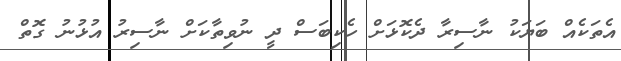
އެތަކެއް ބަޔަކު ނާސިރާ ދެކޮޅަށް ހެކިބަސް ދީ ނުވިތާކަށް ނާސިރު އުޅުނު ގޮތް